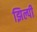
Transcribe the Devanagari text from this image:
झिल्पी